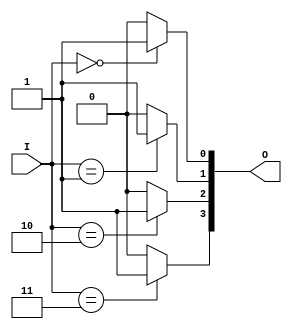
module Decoder
#
(
    parameter OutputWidth = 4
)
(
    I,
    O
);

    input   [$clog2(OutputWidth) - 1:0] I;
    output  [OutputWidth - 1:0]         O;
    
    reg     [OutputWidth - 1:0]         rO;
    
    genvar c;
    
    generate
        for (c = 0; c < OutputWidth; c = c + 1)
        begin: DecodeBits
            always @ (*)
            begin
                if (I == c)
                    rO[c] <= 1'b1;
                else
                    rO[c] <= 1'b0;
            end
        end
    endgenerate
    
    assign O = rO;

endmodule